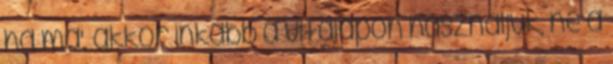
ha má', akkor inkább a vitalapon használjuk, ne a